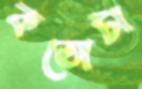
কতোটা